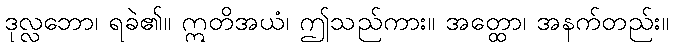
ဒုလ္လဘော၊ ရခဲ၏။ ဣတိအယံ၊ ဤသည်ကား။ အတ္ထော၊ အနက်တည်း။